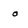
Character: O